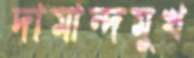
দামান্দমুখ